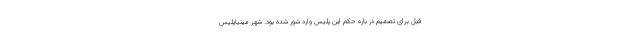
قبل برای تصمیم در باره حکم این پلیس وارد شور شده بود. شهر مینیاپلیس